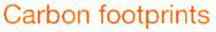
Carbon footprints